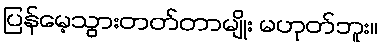
ပြန်မေ့သွားတတ်တာမျိုး မဟုတ်ဘူး။